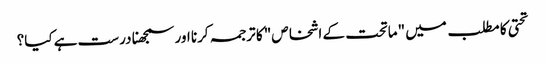
تحتی کا مطلب میں "ماتحت کے اشخاص" کا ترجمہ کرنا اور سمجھنا درست ہے کیا؟